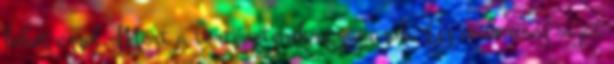
lehet ezzel. Mert a történeteink ugyanazok. Az emberiség saját